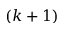
( k + 1 )